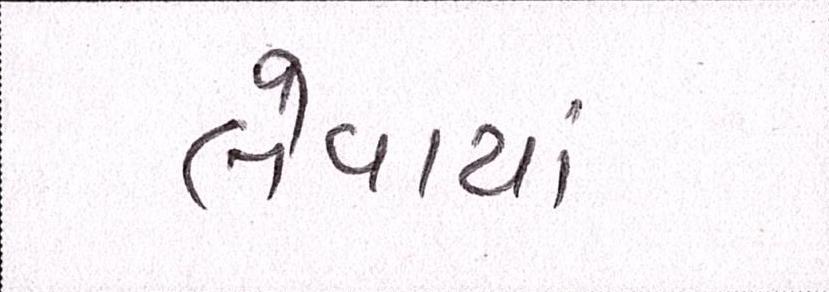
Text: લેવાયાં